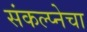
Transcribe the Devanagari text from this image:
संकल्प्नेचा